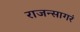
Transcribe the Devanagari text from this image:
राजन्सागरं